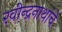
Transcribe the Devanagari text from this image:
रवीन्द्रनाथांचे